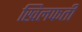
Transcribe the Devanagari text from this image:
खिलफती